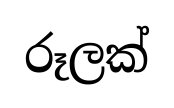
රූලක්